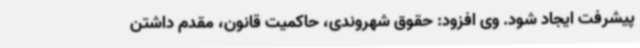
پیشرفت ایجاد شود. وی افزود: حقوق شهروندی، حاکمیت قانون، مقدم داشتن